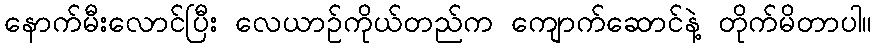
နောက်မီးလောင်ပြီး လေယာဉ်ကိုယ်တည်က ကျောက်ဆောင်နဲ့ တိုက်မိတာပါ။